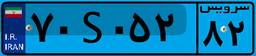
۶۰S۱۹۱۳۹